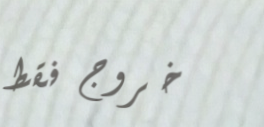
خروج فقط